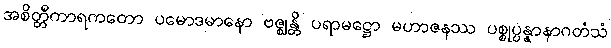
အစိတ္တီကာရကတော ပမောဒမာနော ဗဇ္ဈန္တိ ပရာမဋ္ဌော မဟာဇနဿ ပစ္စုပ္ပန္နာနာဂတံသံ